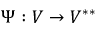
\Psi : V \to V ^ { * * }